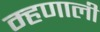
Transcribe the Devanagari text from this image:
म्‍हणाली